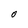
Character: O